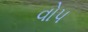
વોપ